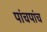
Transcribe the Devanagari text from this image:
पांचपांच